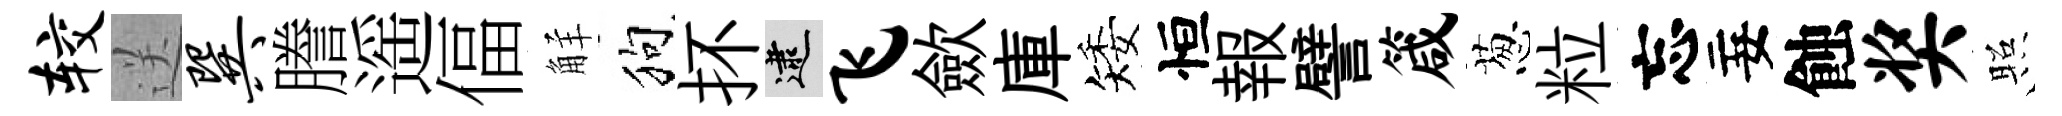
较送巽謄遥偪觧狗抔逮飞歛庫矮恒報譬箴葱粒忘妄蝕奖照